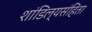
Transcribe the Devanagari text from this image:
शांडिल्यसंहिता